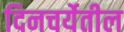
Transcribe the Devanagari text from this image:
दिनचर्येतील